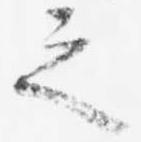
之